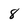
Character: 8